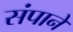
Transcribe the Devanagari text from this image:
संपाने